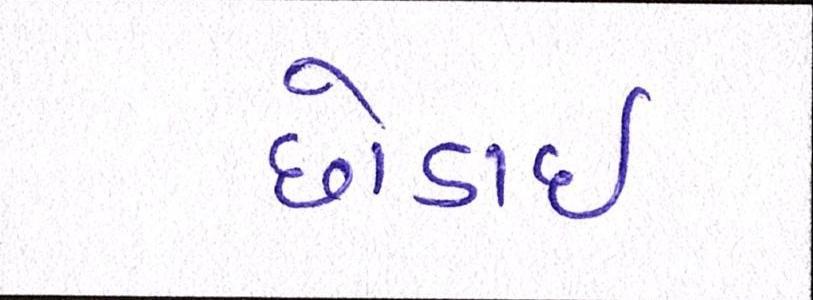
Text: છોડાઈ